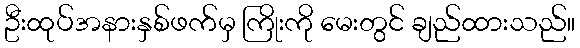
ဦးထုပ်အနားနှစ်ဖက်မှ ကြိုးကို မေးတွင် ချည်ထားသည်။